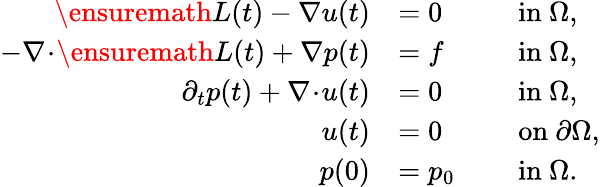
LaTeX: \begin{array}{rlrl}{\ensuremath{L}(t)-\nabla u(t)}&{=0}&&{\mathrm{~in~}\Omega,}\\ {-\nabla\! \cdot\! \ensuremath{L}(t)+\nabla p(t)}&{=f}&&{\mathrm{~in~}\Omega,}\\ {\partial_{t}p(t)+\nabla\! \cdot\! u(t)}&{=0}&&{\mathrm{~in~}\Omega,}\\ {u(t)}&{=0}&&{\mathrm{~on~}\partial\Omega,}\\ {p(0)}&{=p_{0}}&&{\mathrm{~in~}\Omega.}\end{array}